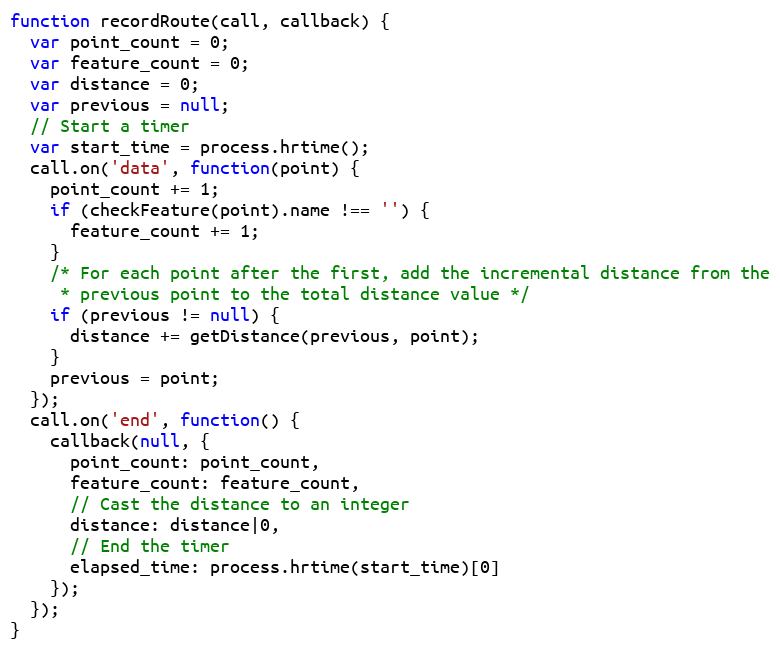
Language: JavaScript
function recordRoute(call, callback) {
  var point_count = 0;
  var feature_count = 0;
  var distance = 0;
  var previous = null;
  // Start a timer
  var start_time = process.hrtime();
  call.on('data', function(point) {
    point_count += 1;
    if (checkFeature(point).name !== '') {
      feature_count += 1;
    }
    /* For each point after the first, add the incremental distance from the
     * previous point to the total distance value */
    if (previous != null) {
      distance += getDistance(previous, point);
    }
    previous = point;
  });
  call.on('end', function() {
    callback(null, {
      point_count: point_count,
      feature_count: feature_count,
      // Cast the distance to an integer
      distance: distance|0,
      // End the timer
      elapsed_time: process.hrtime(start_time)[0]
    });
  });
}